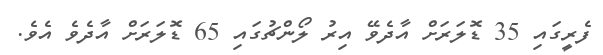
ފެރީގައި 35 ޑޮލަރަށް އާދެވޭ އިރު ލޯންޗުގައި 65 ޑޮލަރަށް އާދެވެ އެވެ.